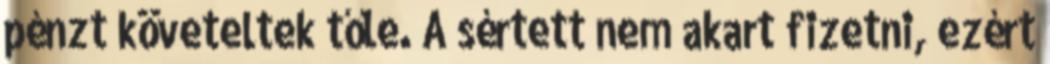
pénzt követeltek tőle. A sértett nem akart fizetni, ezért